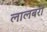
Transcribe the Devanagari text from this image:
लालबर्रा